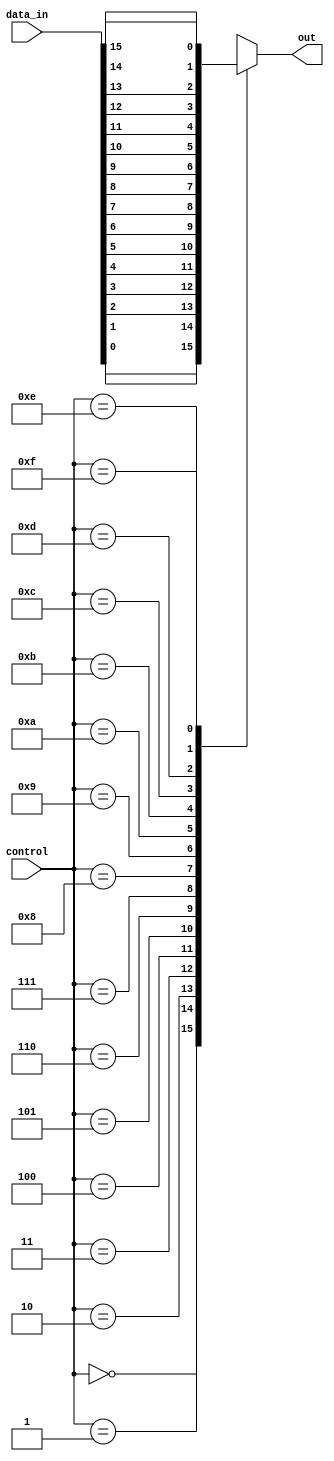
module mux_16_to_1 (
  input [15:0] data_in,
  input [3:0] control,
  output reg out
);

always @(*) begin
  case(control)
    4'b0000: out = data_in[0];
    4'b0001: out = data_in[1];
    4'b0010: out = data_in[2];
    4'b0011: out = data_in[3];
    4'b0100: out = data_in[4];
    4'b0101: out = data_in[5];
    4'b0110: out = data_in[6];
    4'b0111: out = data_in[7];
    4'b1000: out = data_in[8];
    4'b1001: out = data_in[9];
    4'b1010: out = data_in[10];
    4'b1011: out = data_in[11];
    4'b1100: out = data_in[12];
    4'b1101: out = data_in[13];
    4'b1110: out = data_in[14];
    4'b1111: out = data_in[15];
    default: out = 1'bx;
  endcase
end

endmodule